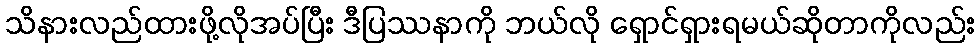
သိနားလည်ထားဖို့လိုအပ်ပြီး ဒီပြဿနာကို ဘယ်လို ရှောင်ရှားရမယ်ဆိုတာကိုလည်း